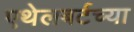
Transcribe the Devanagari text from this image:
एथेलबर्टच्या